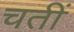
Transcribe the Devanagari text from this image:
चतीं